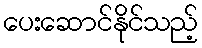
ပေးဆောင်နိုင်သည့်